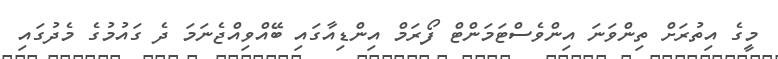
މީގެ އިތުރަށް ތިންވަނަ އިންވެސްޓަމަންޓް ފޯރަމް އިންޑިއާގައި ބޭއްވިއްޖެނަމަ ދެ ގައުމުގެ މެދުގައި